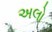
અલો